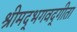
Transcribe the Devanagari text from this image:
श्रीमद्‌भगवद्‍गीता